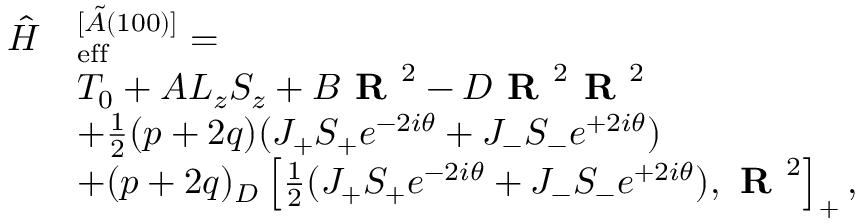
\begin{array} { r l } { \hat { H } } & { _ \mathrm { e f f } ^ { [ \tilde { A } ( 1 0 0 ) ] } = } \\ & { T _ { 0 } + A L _ { z } S _ { z } + B \textbf { R } ^ { 2 } - D \textbf { R } ^ { 2 } \textbf { R } ^ { 2 } } \\ & { + \frac { 1 } { 2 } ( p + 2 q ) ( J _ { + } S _ { + } e ^ { - 2 i \theta } + J _ { - } S _ { - } e ^ { + 2 i \theta } ) } \\ & { + ( p + 2 q ) _ { D } \left[ \frac { 1 } { 2 } ( J _ { + } S _ { + } e ^ { - 2 i \theta } + J _ { - } S _ { - } e ^ { + 2 i \theta } ) , \textbf { R } ^ { 2 } \right] _ { + } , } \end{array}